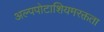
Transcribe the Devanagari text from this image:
अल्पपोटाशियमरक्तता